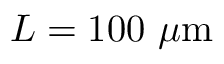
L = 1 0 0 \ \mu \mathrm { m }